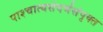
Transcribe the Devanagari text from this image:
पाश्चात्यसंदर्भसंपृक्त